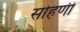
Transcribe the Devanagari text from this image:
सोहणी